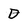
Character: D